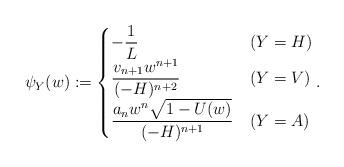
LaTeX: \begin{align*}\psi_Y (w):=\begin{cases}\displaystyle -\frac{1}{L} & (Y=H) \\\displaystyle \frac{ v_{n+1} w^{n+1} }{ (-H)^{n+2} } & (Y=V) \\\displaystyle \frac{ a_n w^{n} \sqrt{1-U(w)} }{ (-H)^{n+1} } & (Y=A) \\\end{cases}.\end{align*}